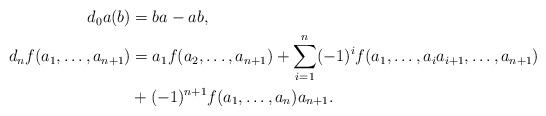
LaTeX: \begin{align*}\begin{aligned}d_0a(b) &= ba - ab, \\d_nf(a_1, \dots, a_{n+1}) &= a_1f(a_2, \dots, a_{n+1}) + \sum_{i =1}^n (-1)^i f(a_1, \dots, a_ia_{i+1}, \dots, a_{n+1}) \\& + (-1)^{n+1}f(a_1, \dots,a_n)a_{n+1}.\end{aligned}\end{align*}